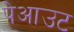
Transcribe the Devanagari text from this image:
पेआउट